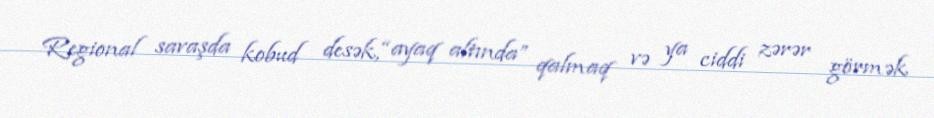
Regional savaşda kobud desək, “ayaq altında” qalmaq və ya ciddi zərər görmək